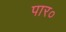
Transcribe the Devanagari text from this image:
पार०